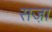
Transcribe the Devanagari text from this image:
सजा़